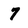
Character: 7